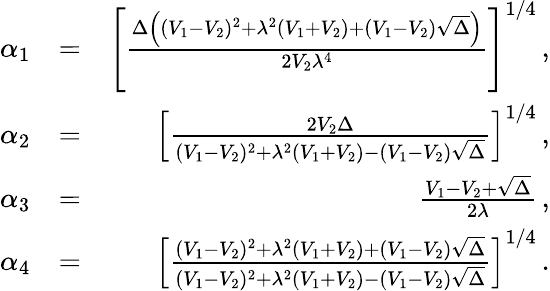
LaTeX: \begin{array}{rlr}{\alpha_{1}}&{=}&{\left[\frac{\Delta\left((V_{1}-V_{2})^{2}+\lambda^{2}(V_{1}+V_{2})+(V_{1}-V_{2})\sqrt{\Delta}\right)}{2V_{2}\lambda^{4}}\right]^{1/4}\, ,}\\ {\alpha_{2}}&{=}&{\left[\frac{2V_{2}\Delta}{(V_{1}-V_{2})^{2}+\lambda^{2}(V_{1}+V_{2})-(V_{1}-V_{2})\sqrt{\Delta}}\right]^{1/4}\, ,}\\ {\alpha_{3}}&{=}&{\frac{V_{1}-V_{2}+\sqrt{\Delta}}{2\lambda}\, ,}\\ {\alpha_{4}}&{=}&{\left[\frac{(V_{1}-V_{2})^{2}+\lambda^{2}(V_{1}+V_{2})+(V_{1}-V_{2})\sqrt{\Delta}}{(V_{1}-V_{2})^{2}+\lambda^{2}(V_{1}+V_{2})-(V_{1}-V_{2})\sqrt{\Delta}}\right]^{1/4}\, .}\end{array}